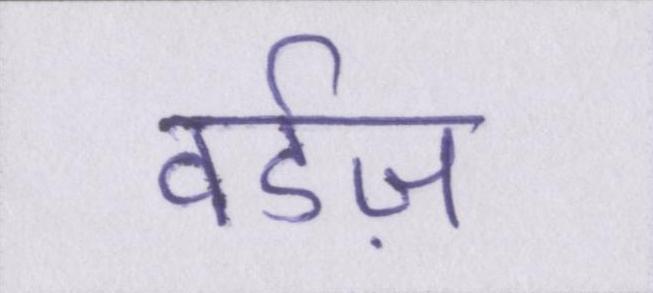
वर्डज़